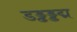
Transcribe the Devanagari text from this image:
डड्ढड्डद्म